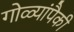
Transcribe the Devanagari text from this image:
गोळ्यांपैकी